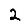
Digit: 2